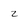
Character: 2